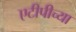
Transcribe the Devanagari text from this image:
एटीपीच्या